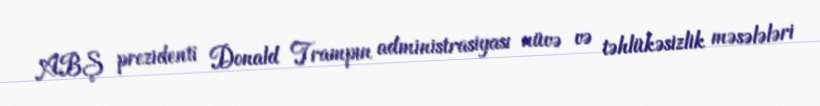
ABŞ prezidenti Donald Trampın administrasiyası nüvə və təhlükəsizlik məsələləri